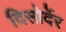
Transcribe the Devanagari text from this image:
दिसोर्देर